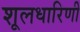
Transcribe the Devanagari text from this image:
शूलधारिणी